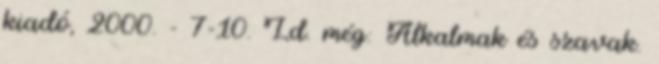
kiadó, 2000. - 7-10. Ld. még: Alkalmak és szavak.